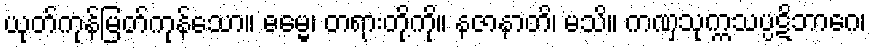
ယုတ်ကုန်မြတ်ကုန်သော။ ဓမ္မေ၊ တရားတို့ကို။ နဇာနာတိ၊ မသိ။ ကဏှသုက္ကသပ္ပဋိဘာဂေ၊